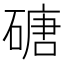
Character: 磄